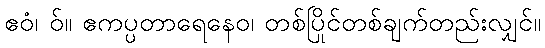
ဧဝံ၊ ဝ်။ ဧကပ္ပတာရေနေဝ၊ တစ်ပြိုင်တစ်ချက်တည်းလျှင်။